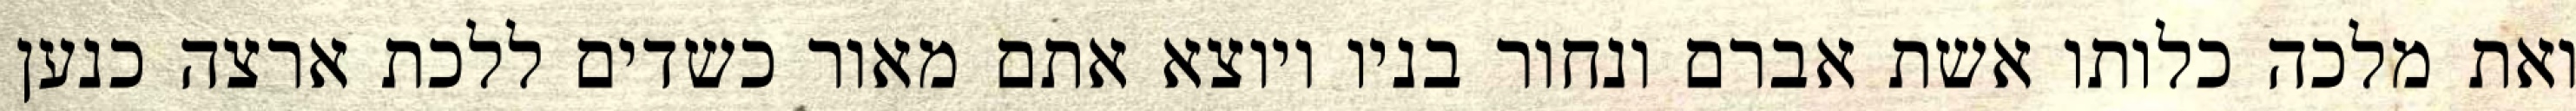
ואת מלכה כלותו אשת אברם ונחור בניו ויוצא אתם מאור כשדים ללכת ארצה כנען